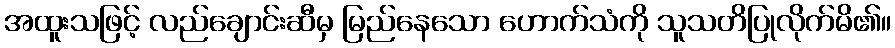
အထူးသဖြင့် လည်ချောင်းဆီမှ မြည်နေသော ဟောက်သံကို သူသတိပြုလိုက်မိ၏။